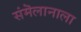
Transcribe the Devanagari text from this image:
संमॆलानाला